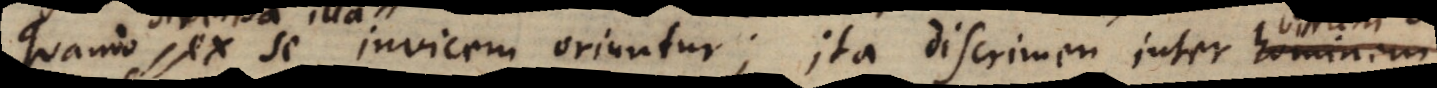
quando ex se invicem oriuntur; ita discrimen inter homine